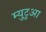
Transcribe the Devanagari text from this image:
म्युटुआ